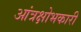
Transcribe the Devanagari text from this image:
आंत्रक्षोभकारी